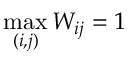
\operatorname* { m a x } _ { ( i , j ) } W _ { i j } = 1